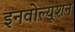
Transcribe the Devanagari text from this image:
इनवोल्यूशन